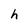
Character: h